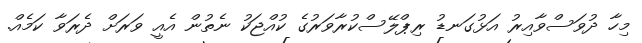
މިހާ ދުވަސްވާއިރު އަޅުގަނޑު ރިޕްލޭސްކުރާވަރުގެ ކުއްޖަކު ނެތުން އެއީ ވަރަށް ދެރަވާ ކަމެއް.